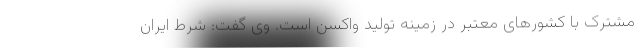
مشترک با کشورهای معتبر در زمینه تولید واکسن است. وی گفت: شرط ایران